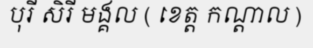
បុរី សិរី មង្គល ( ខេត្ត កណ្តាល )